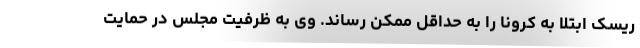
ریسک ابتلا به کرونا را به حداقل ممکن رساند. وی به ظرفیت مجلس در حمایت